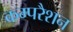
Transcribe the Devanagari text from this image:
कम्परैशन